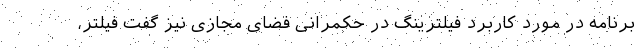
برنامه در مورد کاربرد فیلترینگ در حکمرانی فضای مجازی نیز گفت فیلتر،